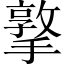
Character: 撉